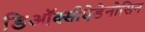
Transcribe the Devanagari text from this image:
डिऑक्सीऐडेनोसिन